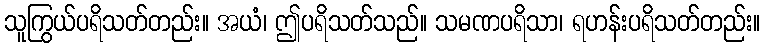
သူကြွယ်ပရိသတ်တည်း။ အယံ၊ ဤပရိသတ်သည်။ သမဏပရိသာ၊ ရဟန်းပရိသတ်တည်း။